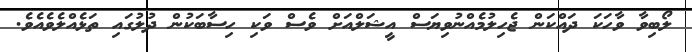
ލޯބިވާ ވާހަކަ ދައްކަން ޖެހިލުމެއްނުވިޔަސް އީޝަލްއަށް ވެސް ވަކި ހިސާބަކުން ދުލުގައި ތަޅެއްލެވެއެވެ.